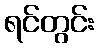
ရင်တွင်း